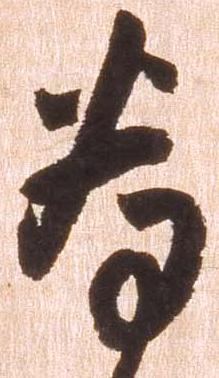
為